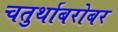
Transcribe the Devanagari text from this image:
चतुर्थाबरोबर